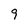
Character: 9